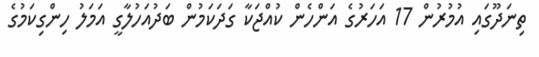
ތިނަދޫގައި އުމުރުން 17 އަހަރުގެ އަންހެން ކުއްޖަކާ ގަދަކަމުން ބަދުއަހުލާގީ އަމަލު ހިންގިކަމުގެ